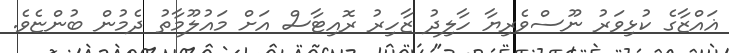
ޣައްޒާގެ ކުޅިވަރު ނޫސްވެރިޔާ ހާލިދު ޒާހިރު ރޮއިޓާސް އަށް މައުލޫމާތު ދެމުން ބުންޏެވެ.